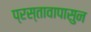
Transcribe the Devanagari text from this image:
प्रस्तावापासुन